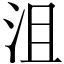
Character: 沮